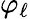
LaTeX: \varphi_{\ell}